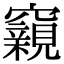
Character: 𥨾